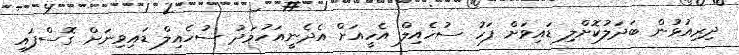
ދިރިއުޅުން ބަދަލުކޮށްލި ޑައިވަށް ފަހު ސުހެއިލް އެހީއަށް އެދެނީއަހުމަދު ސުހެއިލް ޑައިވިނަށް ގޮސްފައި